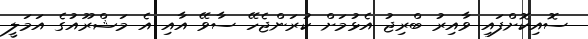
ސޮއިކޮށްފައި ވާއިރު ބްރިޖު އެޅުމަށް ކުރަންޖެހޭ ސާވޭ އާއި އެ މަޝްރޫއުގެ އަމަލީ